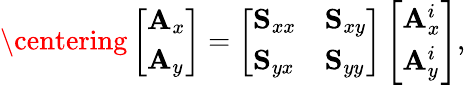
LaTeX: \centering\left[\begin{array}{l}{\mathbf{A}_{x}}\\ {\mathbf{A}_{y}}\end{array}\right]=\left[\begin{array}{ll}{\mathbf{S}_{xx}}&{\mathbf{S}_{xy}}\\ {\mathbf{S}_{yx}}&{\mathbf{S}_{yy}}\end{array}\right]\left[\begin{array}{l}{\mathbf{A}_{x}^{i}}\\ {\mathbf{A}_{y}^{i}}\end{array}\right],